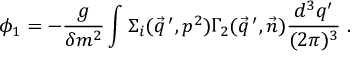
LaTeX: \phi _ { 1 } = - \frac { g } { \delta m ^ { 2 } } \int \Sigma _ { i } ( \vec { q } \, ^ { \prime } , p ^ { 2 } ) \Gamma _ { 2 } ( \vec { q } \, ^ { \prime } , \vec { n } ) \frac { d ^ { 3 } q ^ { \prime } } { ( 2 \pi ) ^ { 3 } } \ .